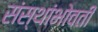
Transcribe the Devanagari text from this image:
संस्थांभोवती